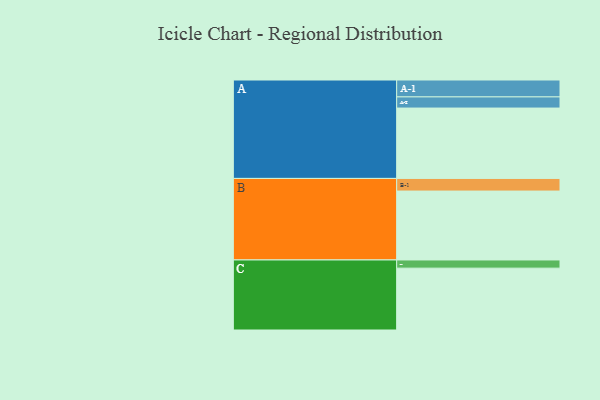
{"axis": {"x": "Segment", "y": "Value"}, "legend": ["", "A", "B", "C"], "data": [{"x": "A", "y": 429, "type": ""}, {"x": "B", "y": 420, "type": ""}, {"x": "C", "y": 377, "type": ""}, {"x": "A-1", "y": 103, "type": "A"}, {"x": "A-2", "y": 68, "type": "A"}, {"x": "B-1", "y": 77, "type": "B"}, {"x": "C-1", "y": 50, "type": "C"}]}